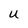
Character: u